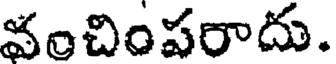
వంచింపరాదు.